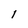
Character: I